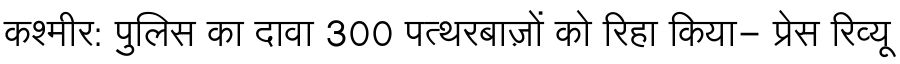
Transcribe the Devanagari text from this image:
कश्मीर: पुलिस का दावा 300 पत्थरबाज़ों को रिहा किया- प्रेस रिव्यू